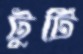
টুটি